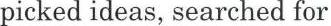
picked ideas, searched for